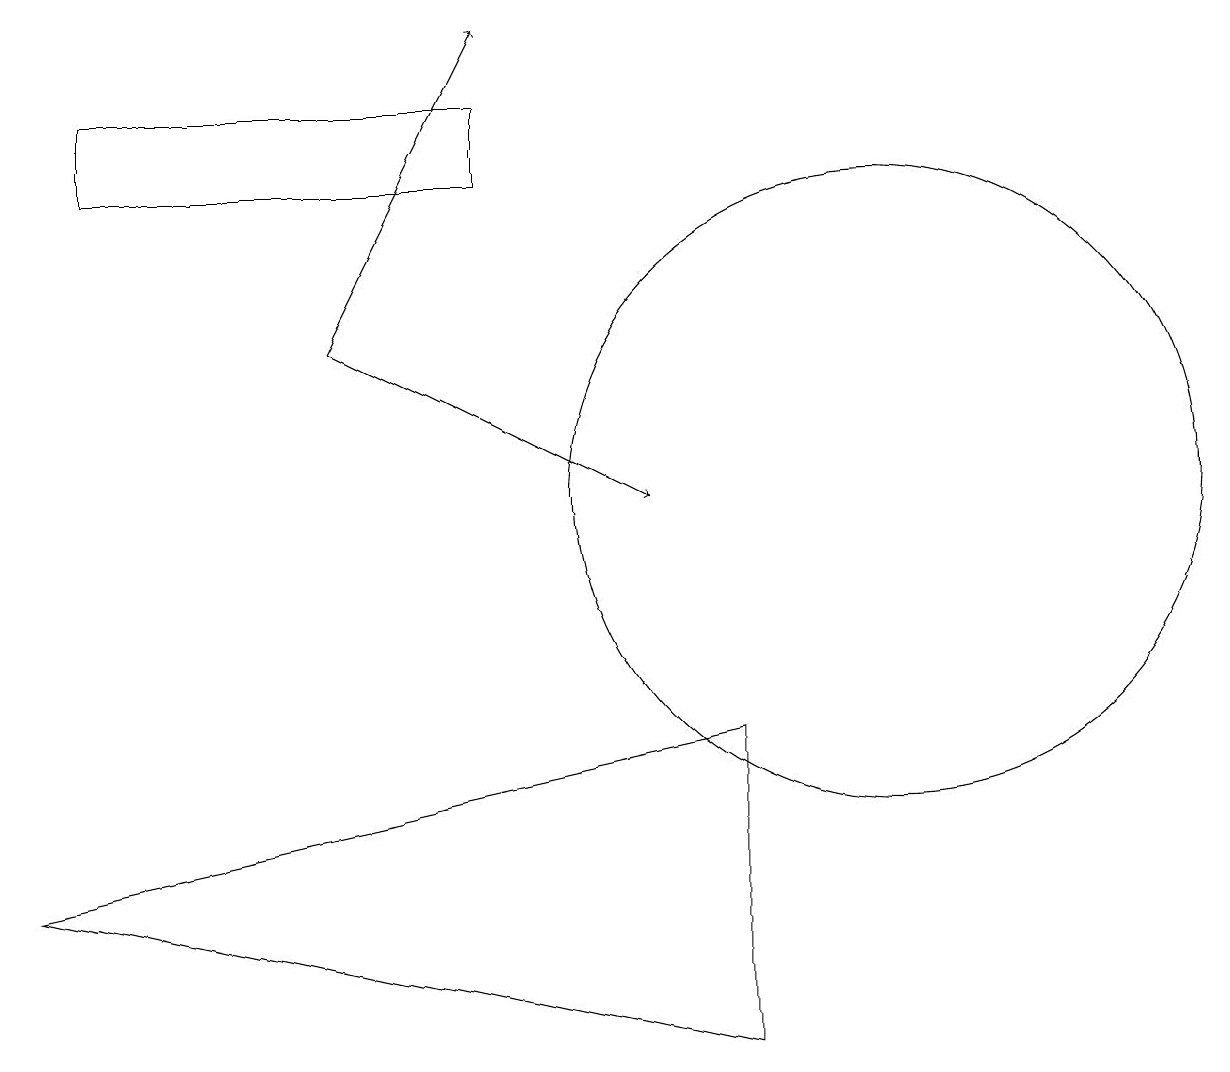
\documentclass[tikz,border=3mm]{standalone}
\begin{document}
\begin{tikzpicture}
\draw[->] (4,14) -- (8,12);
\draw (9,9) -- (0,7) -- (9,5) -- cycle;
\draw (11,12) circle (4);
\draw (6,16) rectangle (1,17);
\draw[->] (4,14) -- (6,18);
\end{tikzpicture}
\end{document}